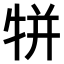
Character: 𤙾